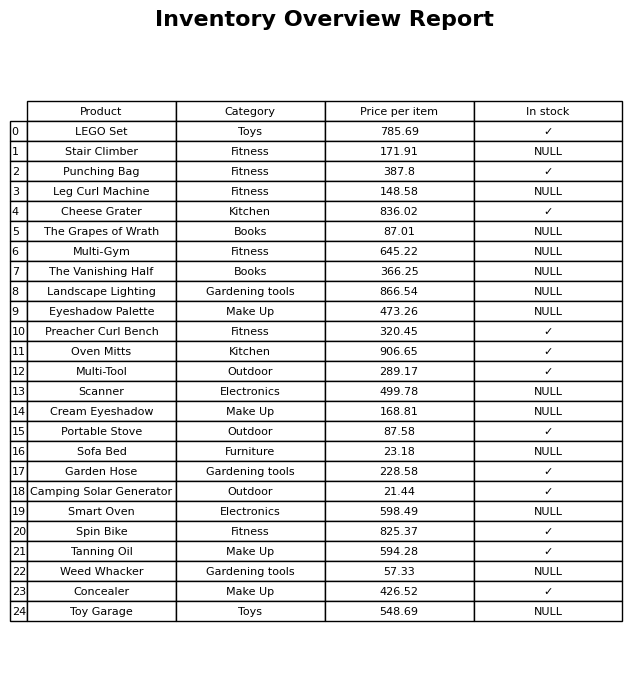
question: What is the stock status of the Garden Hose?
answer: ✓